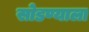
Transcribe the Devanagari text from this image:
सोडण्याला